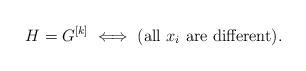
LaTeX: \begin{align*} H=G^{[k]} \iff \mbox{(all $x_i$ are different)}. \end{align*}